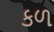
કળ